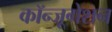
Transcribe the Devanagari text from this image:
कॉन्जूगेशन